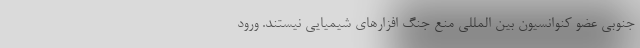
جنوبی عضو کنوانسیون بین المللی منع جنگ افزارهای شیمیایی نیستند. ورود